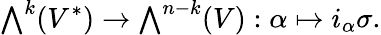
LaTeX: {\textstyle\bigwedge}^{k}(V^{*})\to{\textstyle\bigwedge}^{n-k}(V):\alpha\mapsto i_{\alpha}\sigma.